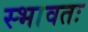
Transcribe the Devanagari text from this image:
स्भावतः